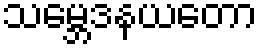
သမ္ဘေဒနယတော